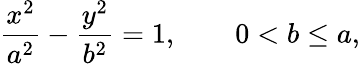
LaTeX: {\frac{x^{2}}{a^{2}}}-{\frac{y^{2}}{b^{2}}}=1,\qquad 0<b\leq a,